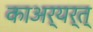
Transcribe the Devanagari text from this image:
काअर्यर्त्